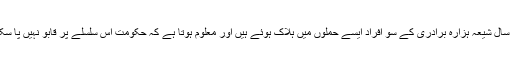
اس سال شیعہ ہزارہ برادری کے سو افراد ایسے حملوں میں ہلاک ہوئے ہیں اور معلوم ہوتا ہے کہ حکومت اس سلسلے پر قابو نہیں پا سکتی۔